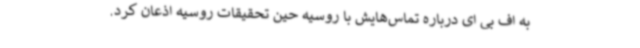
به اف بی ای درباره تماس‌هایش با روسیه حین تحقیقات روسیه اذعان کرد.